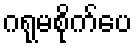
ဂရုမစိုက်ပေ